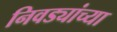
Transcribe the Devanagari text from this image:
निवड्यांच्या